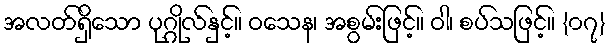
အလတ်ရှိသော ပုဂ္ဂိုလ်နှင့်။ ဝသေန၊ အစွမ်းဖြင့်။ ဝါ၊ စပ်သဖြင့်။ {၀၇}